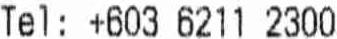
TEL : +603 6211 2300